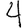
Digit: 4